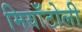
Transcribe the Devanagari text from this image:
मियाँटोली